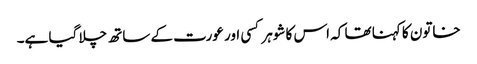
خاتون کا کہنا تھا کہ اس کا شوہر کسی اور عورت کے ساتھ چلا گیا ہے۔